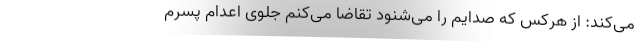
می‌کند: از هرکس که صدایم را می‌شنود تقاضا می‌کنم جلوی اعدام پسر‌م